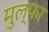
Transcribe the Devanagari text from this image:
मुल्फा